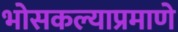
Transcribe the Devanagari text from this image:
भोसकल्याप्रमाणे